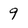
Character: 9